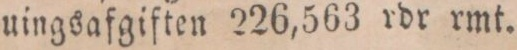
uingsafgiften 226,563 rdr rmt.